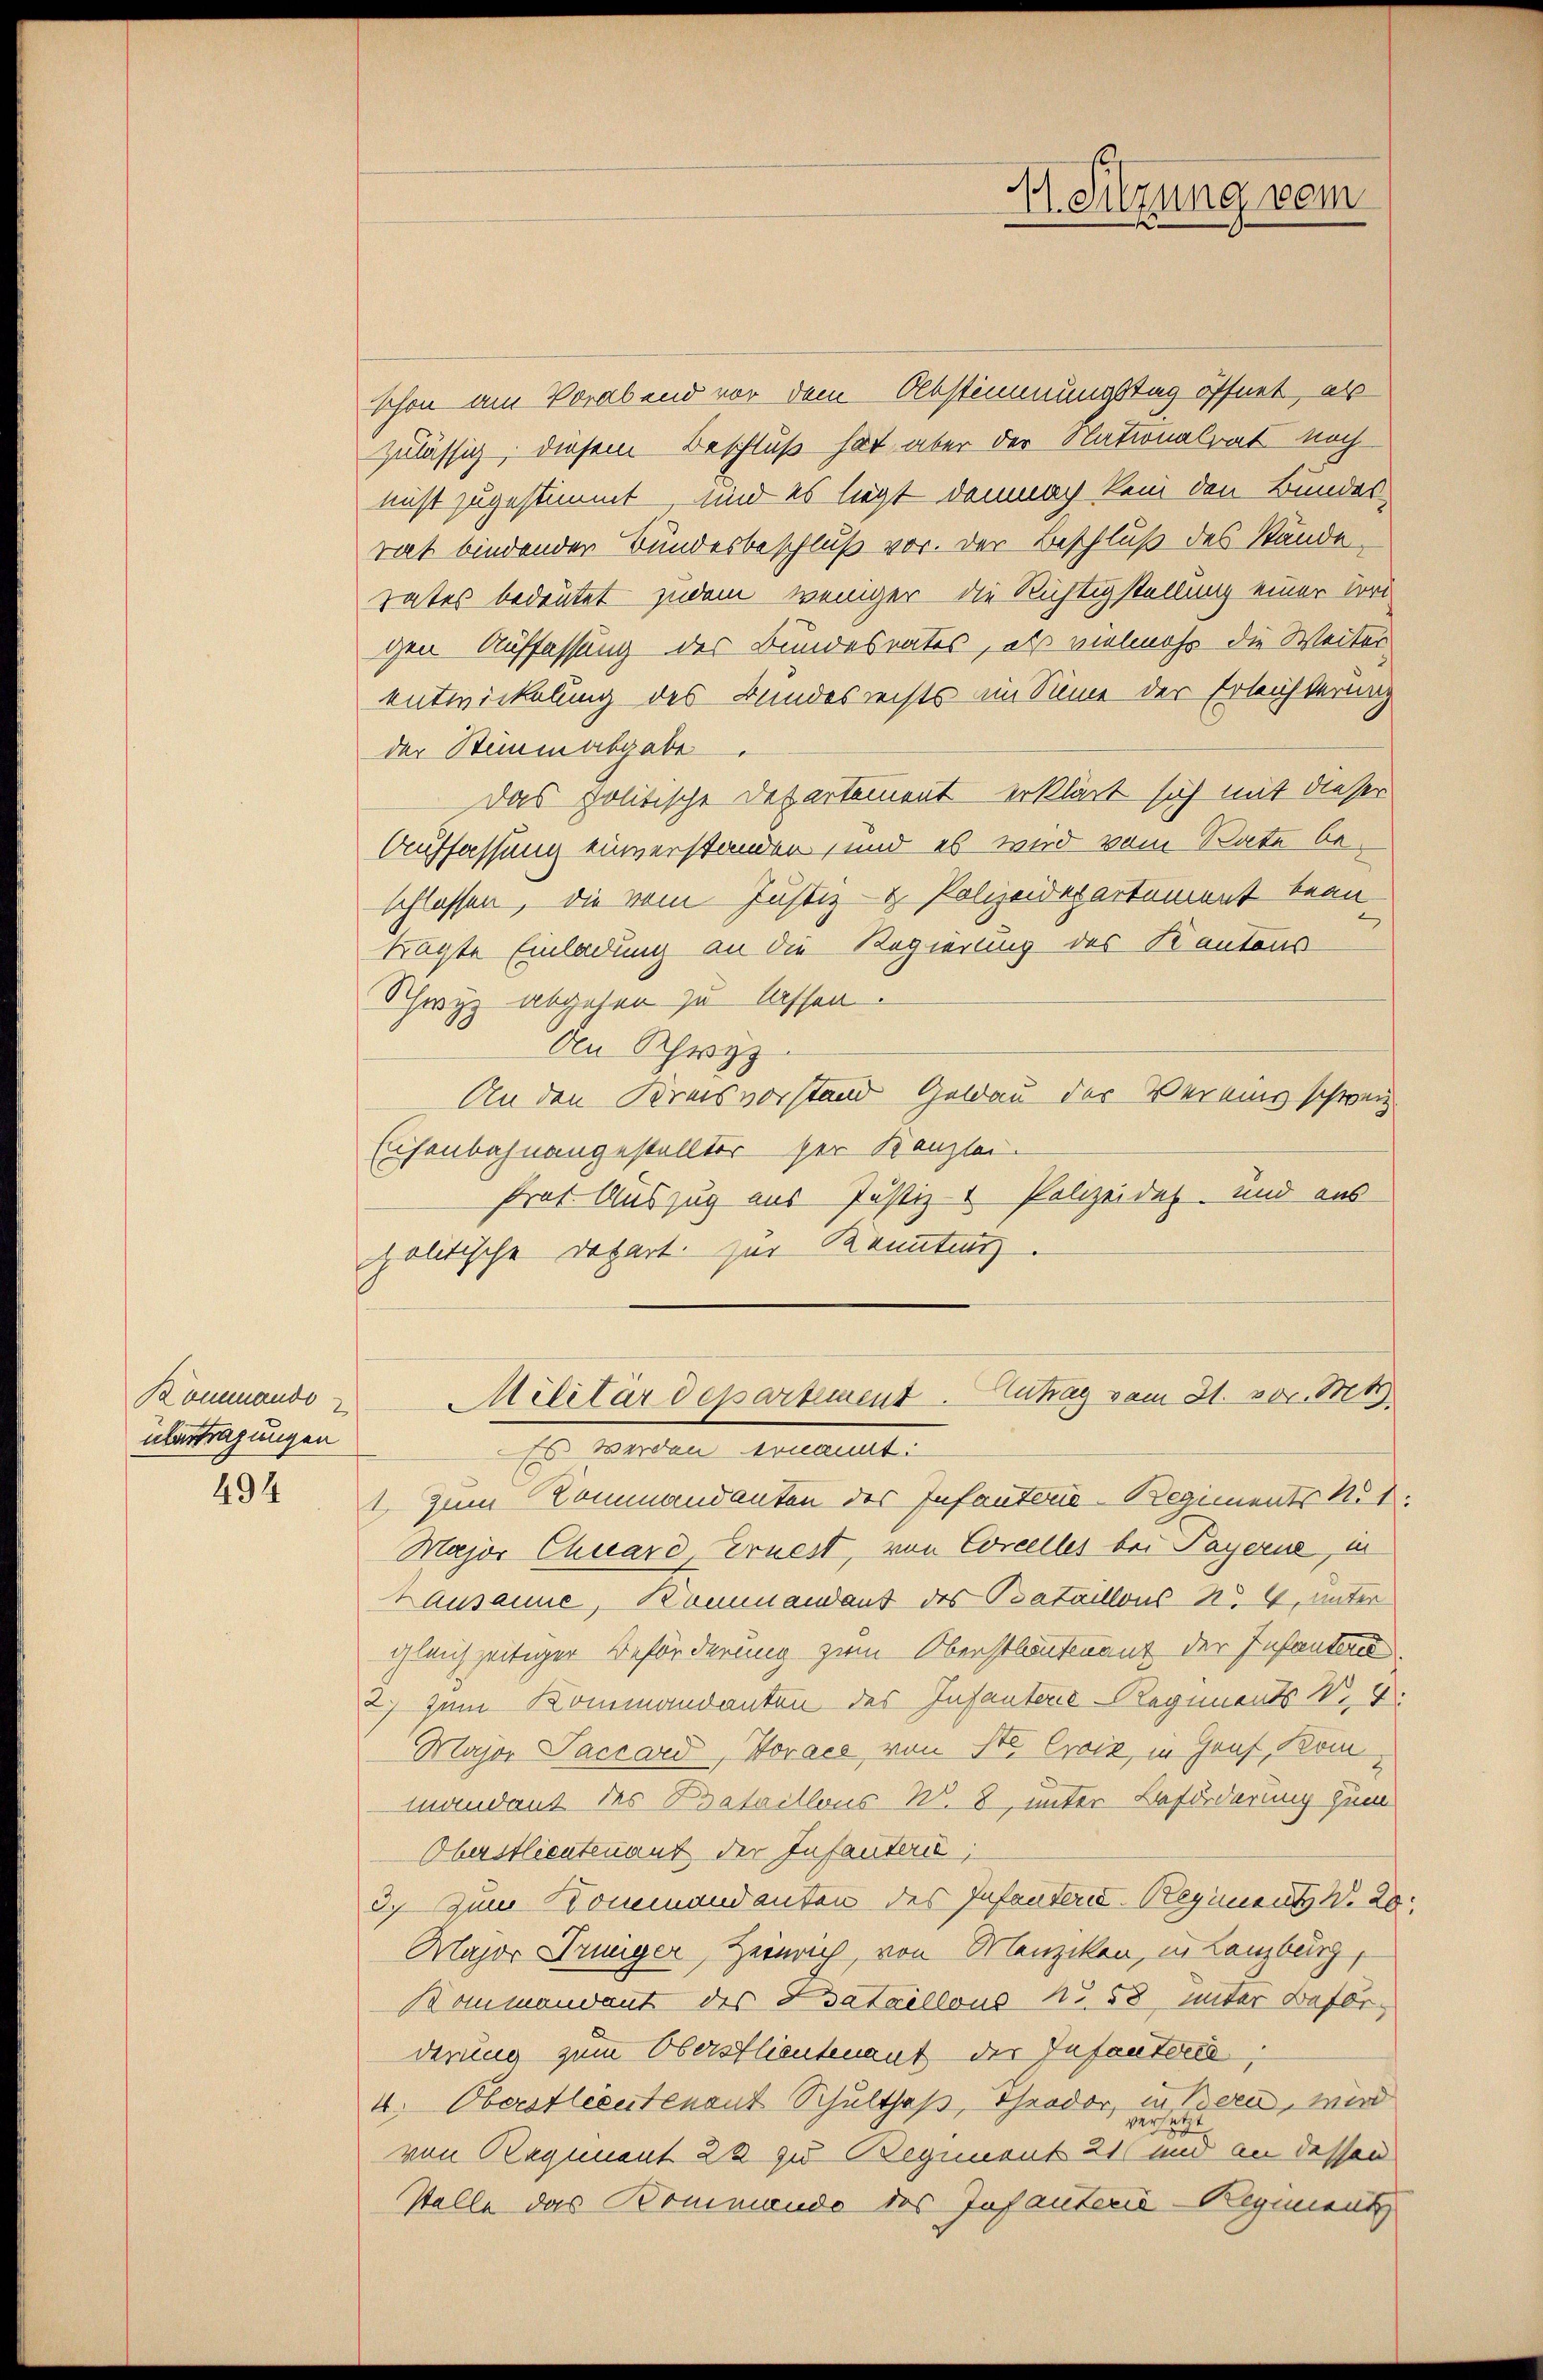
übertragungen

494

schon am Vorabend vor dem Abstimmungstag öffnet, als
zulässig, diesem Beschluß hat aber der Nationalrat noch
nicht zugestimmt, und es liegt demnach kein den Bundes-
rat bindender Bundesbeschluß vor. Der Beschluß des Stande
rates bedeutet zudem weniger die Richtigstellung einer Beri
gen Auffassung der Bundesrates, als vielmehr die Weiter
entwickelung des Bundesrechts im Sinne der Erleichterung
der Stimm abgabe
Das politische Departement erklärt sich mit dieser
Auffassung einverstanden, und es wird vom Rate beschlassen, die vom Justiz- & Polizeidepartement bean
trägte Einladung an die Regierung des Kantons
Schwyz abgehen zu lassen.
An Schwyz
An den Kreisvorstand Geldau der Vereins schweiz.
Eisenbahnangestellter der Kanzlei-
Prat. Auszug aus Justiz- & Polizeidet und aus
politische Depart zur Kenntnis.
Kommendo u Militärdepartement. Antrag vom 31. vor. Mts.
Es werden ernannt:
t. Zum Kommandanten des Infanterie-Regiments N. 1.
Major Chuard, Ernest, von Corcelles bei Payerne, in
Lausanne, Kommandant des Bataillons No. 4. unter
gleichzeitiger Beförderung zum Oberstlantenant der Instantere
2) zum Kommandanten des Infanterie-Regiments Nr. 4.
Major Vaccard, Horace, von St. Croix, in Haus, Kommandant des Bataillons W. 8, unter Beförderung zum
Oberstlieutenant der Infanter;
3. Zum Kommandanten des Infantend. Regiment W. 20.
Major Dringer, Heinrich, von Menzikon, in Lanzberg,
Kommandant des Psataillons No. 58 unter Beförderung zum Oberstlieutenant der Infanteria
4. Oberstlieutenant Schultheß, Theodor, in Bern, wird
vereite
von Regiment 22 zu Begiment 21 und an dessen
Stelle das Bommando des Infanterie-Regiment

1. Sitzung vom